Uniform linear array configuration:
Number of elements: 32
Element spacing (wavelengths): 0.75
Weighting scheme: hann
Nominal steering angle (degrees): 0
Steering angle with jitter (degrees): -1.21
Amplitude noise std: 0.05
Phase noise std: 0.05

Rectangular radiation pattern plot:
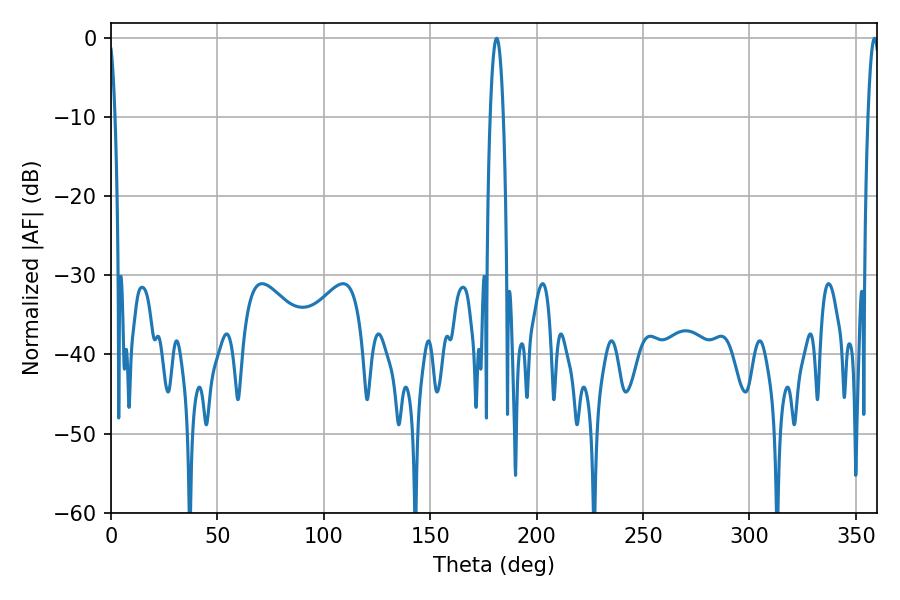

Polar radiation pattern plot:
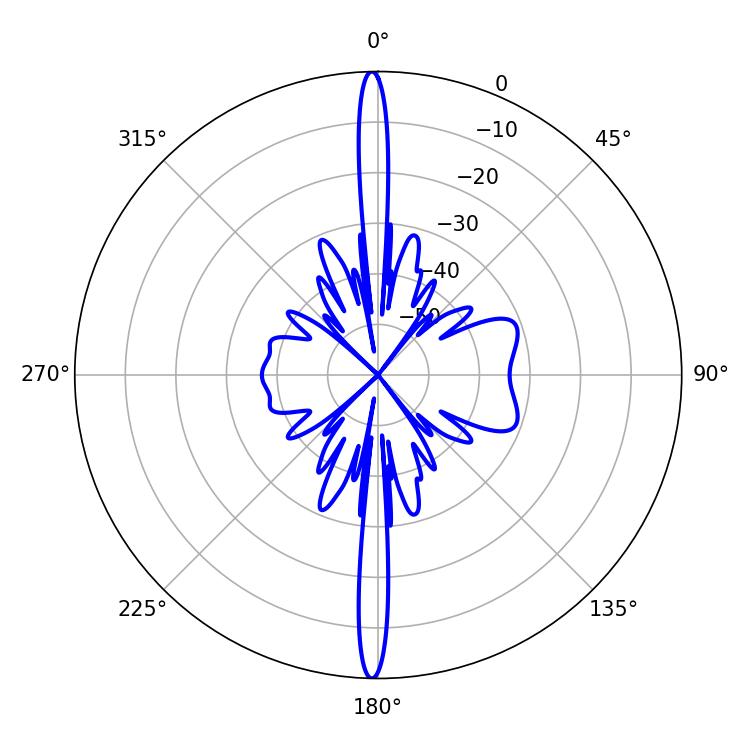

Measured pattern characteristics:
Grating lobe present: TRUE
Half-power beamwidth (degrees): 2.88
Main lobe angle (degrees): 358.74